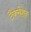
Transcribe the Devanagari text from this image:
टैक्सेशन